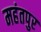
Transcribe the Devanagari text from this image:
महंतपुर